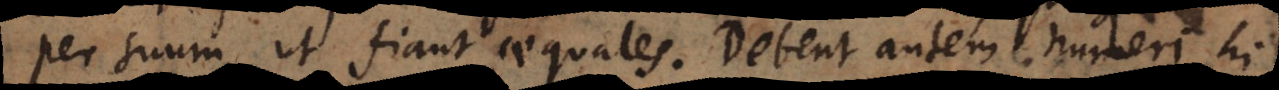
per suum, ut fiant aequales. Debent autem numeri hi